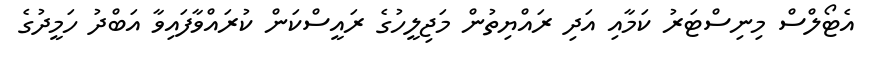
އެޓޯލްސް މިނިސްޓަރު ކަމާއި އަދި ރައްޔިތުން މަޖިލީހުގެ ރައީސްކަން ކުރައްވާފައިވާ އަބްދު ހަމީދުގެ